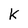
Character: K